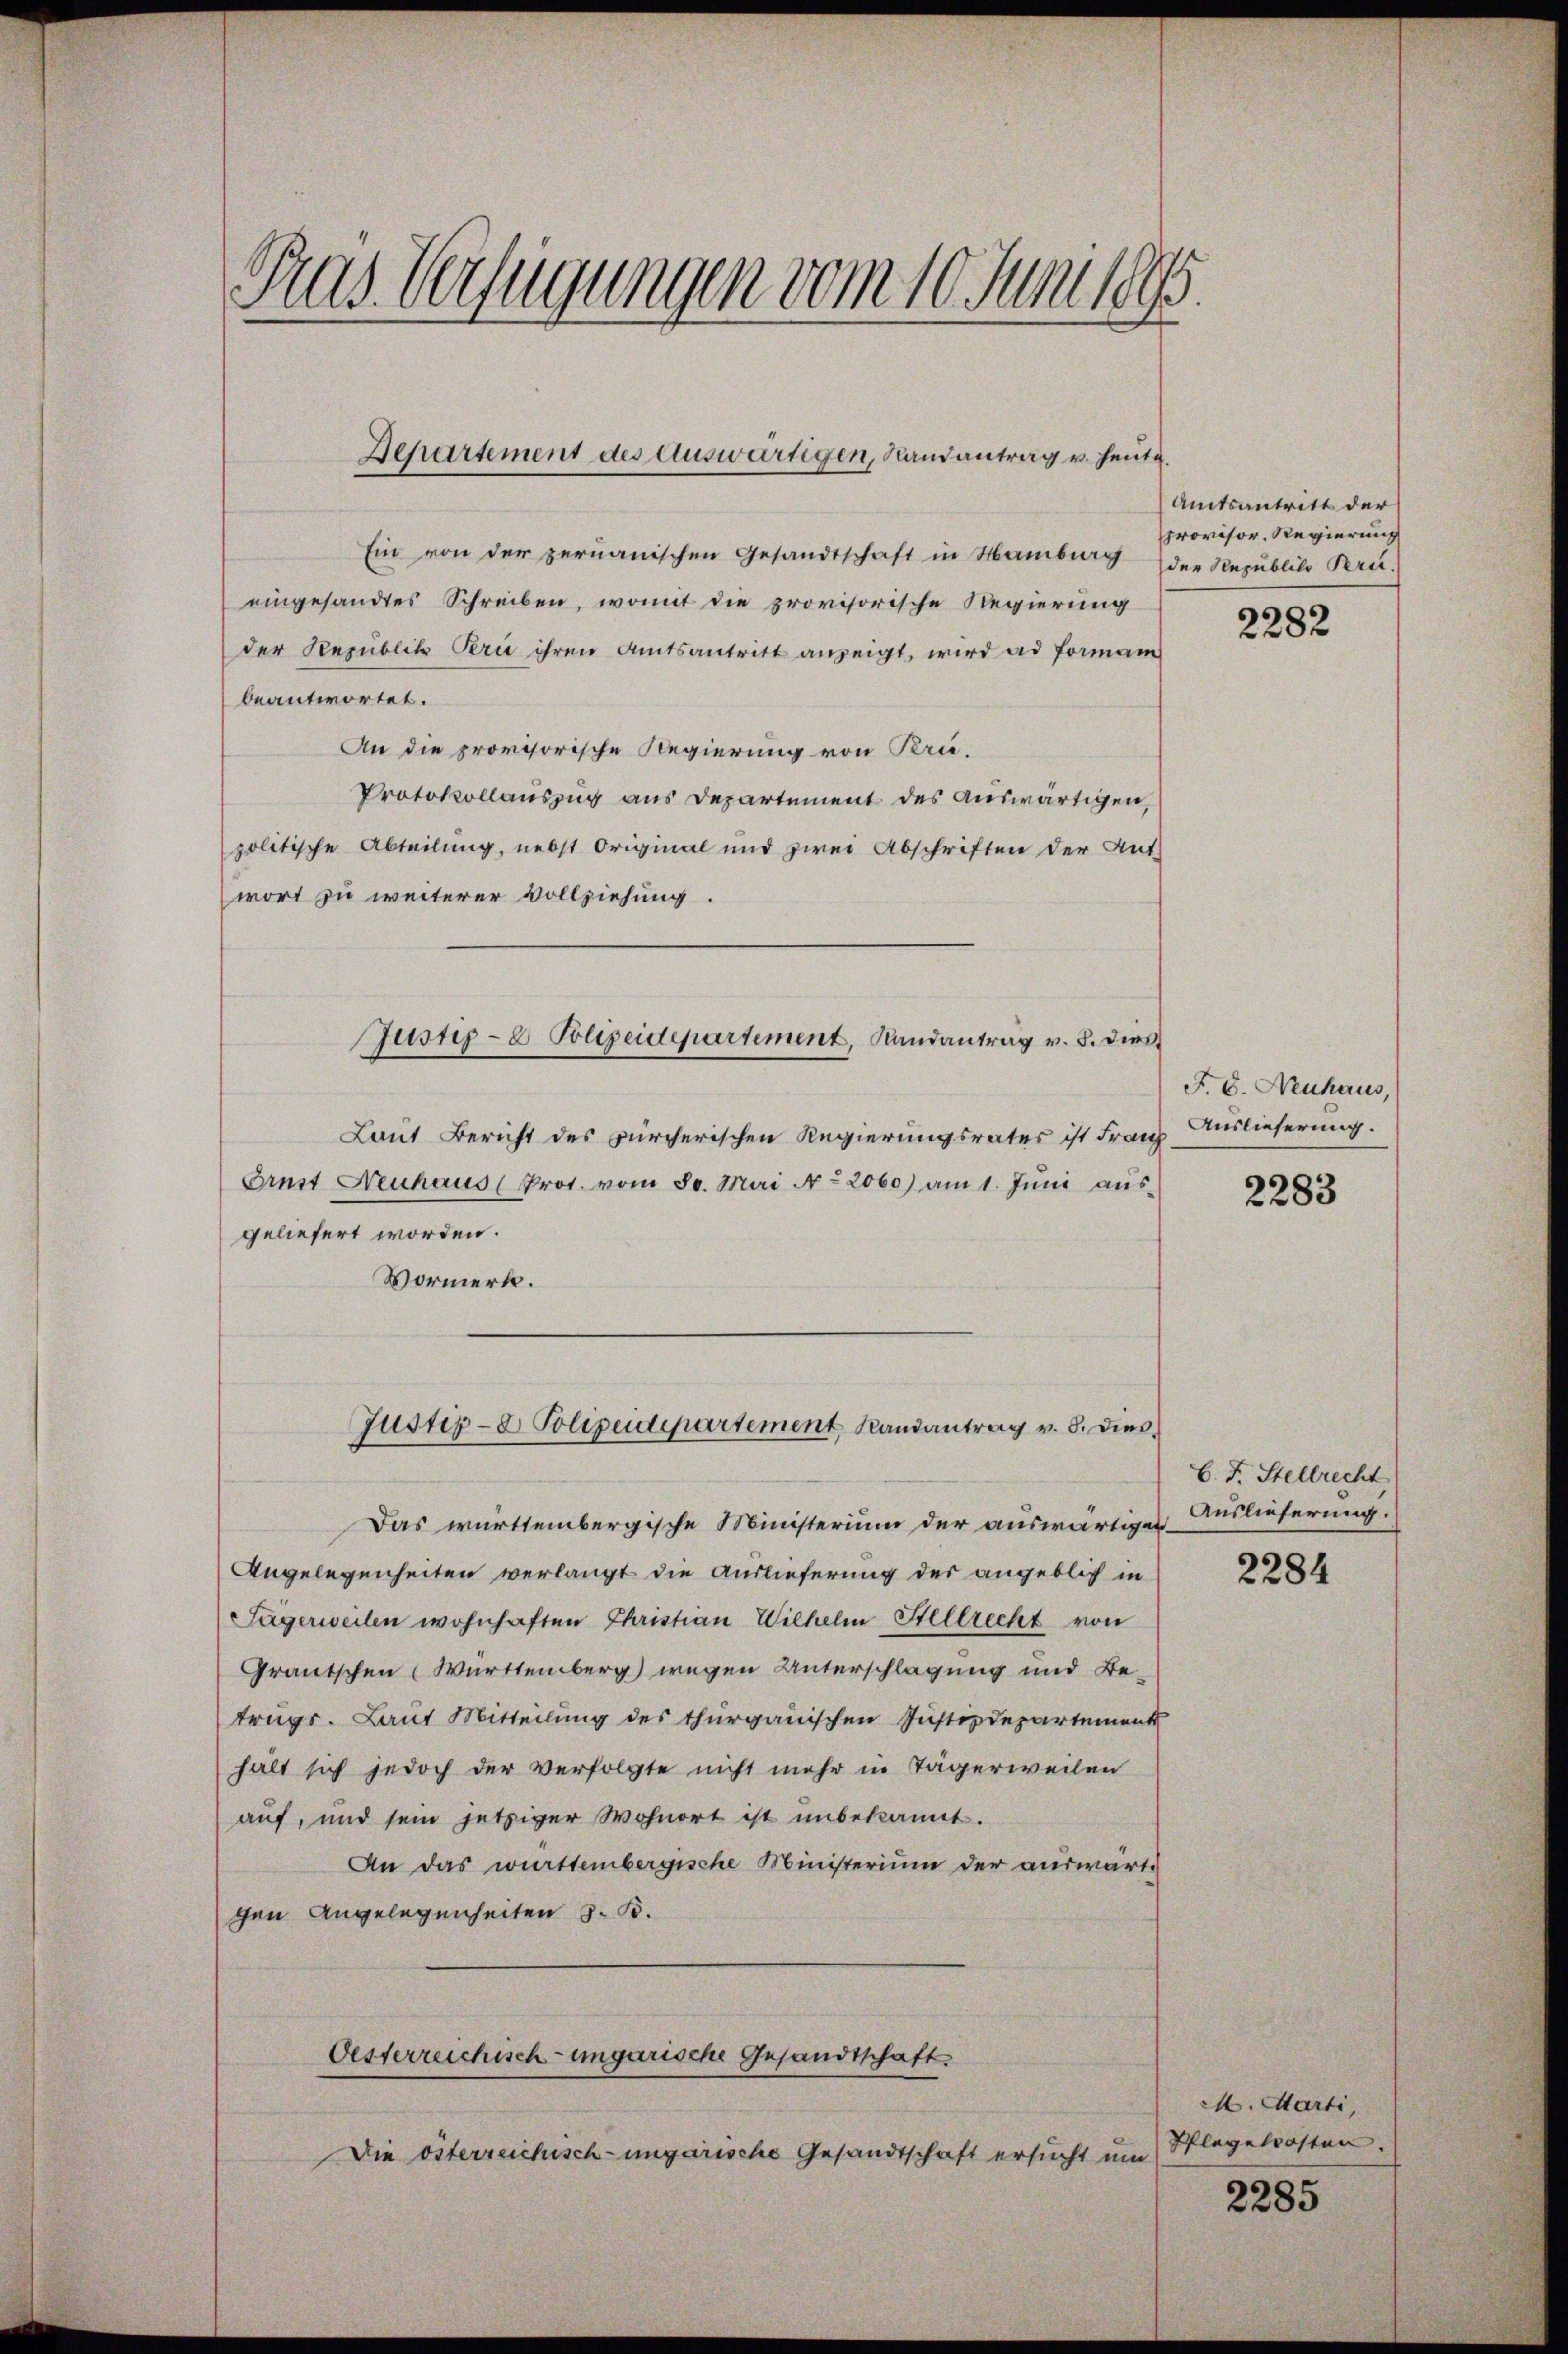
Pras Verfügungen vom 10. Juni 1895.

Departement des Auswärtigen, Randantrag v. heute.

Ein von der permanischen Gesandtschaft in Hamburg
eingesandtes Schreiben, womit die provisorische Regierung
der Republik Bern ihren Amtsantritt anzeigt, wird ad Formann
beantwortet.
An die provisorische Regierung von Bru¬
Protokollauszug aus Departement des auswärtigen,
politische Abteilung, nebst Original und zwei Abschriften der Ant-
wort zu weiterer Vollziehung.
Laut Bericht des Bürcherischen Regierungsrates ist Franz
Arnst Neuhaus (Prot. vom 80. Mai No 2060) am 1. Jŭni aus-
geliefert worden.
Vormerk.
Justiz- & Polizeidepartement Randantrag v. 8. dies
Das württembergische Ministerium der auswärtigen
Angelegenheiten verlangt die Auslieferung der angeblich in
Sagerweilen wohnhaften Christian Wilhelm Stellrecht von
Grautschen Württemberg) wegen Unterschlagung und Betrugs. Laut Mitteilung des thurgauischen Justizdepartement
hält sich jedoch der verfolgte nicht mehr in Tägerweilen
auf, und sein jetziger Wohnort ist unbekannt.
An das württembergische Ministerium der auswärti
gen Angelegenheiten 3. B.
Oesterreichisch-ungarische Gesandtschaft
Die österreichisch-ungarische Gesandtschaft ersucht um

Justiz-E. Polizeidepartement, Randantrag v. 8. dies

Amtsantritt der
provisor. Regierung
der Republico Perit.

2282

F. C. Neuhaus,
Auslieferung.

2283

C. F. Stellrecht
Auslieferung.

2284

M. Marti,
Pflegetrosten.

2285